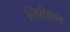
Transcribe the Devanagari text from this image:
निरीक्षण्